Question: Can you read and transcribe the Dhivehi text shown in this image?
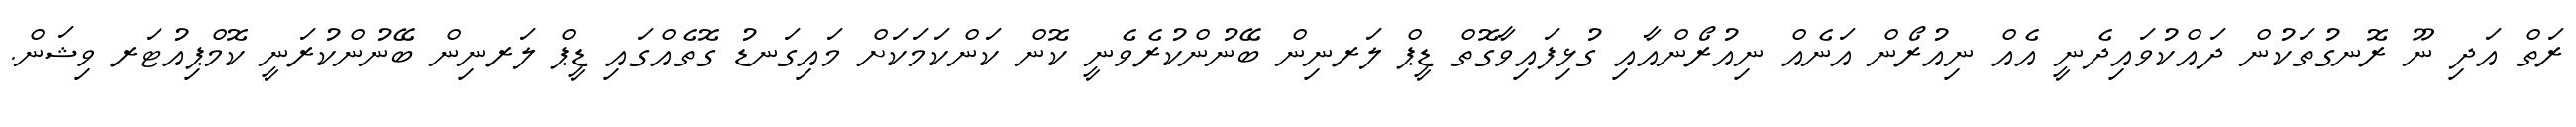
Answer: ރަތް އަދި ނޫ ރޮނގުތަކުން ދައްކުވައިދެނީ އެއް ނިއުރޯން އަނެއް ނިއުރޯންއާއި ގުޅިފައިވާގޮތް ޑީޕް ލަރނިން ބޭނުންކުރެވެނީ ކޮން ކަންކަމަކަށް މައިގަނޑު ގޮތެއްގައި ޑީޕް ލަރނިން ބޭނުންކުރަނީ ކޮމްޕިއުޓަރ ވިޝަން.